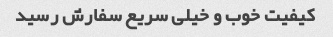
کیفیت خوب و خیلی سریع سفارش رسید